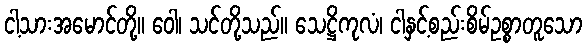
ငါ့သားအမောင်တို့။ ဝေါ၊ သင်တို့သည်။ သေဋ္ဌိကုလံ၊ ငါနှင့်စည်းစိမ်ဥစ္စာတူသော